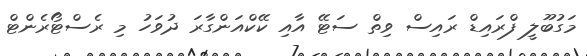
މަގުބޫލީ ފްރައިޑް ރައިސް ވިތް ސަޓޭ އާއި ކޭކްއަންގާރަ ދުވަހު މި ރެސްޓޯރެންޓް